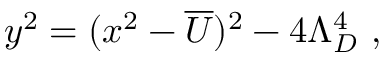
y ^ { 2 } = ( x ^ { 2 } - \overline { { { U } } } ) ^ { 2 } - 4 \Lambda _ { D } ^ { 4 } \ ,